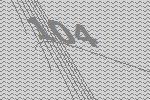
104